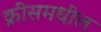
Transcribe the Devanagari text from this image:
क्रीसमधील